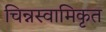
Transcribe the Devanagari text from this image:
चिन्नस्वामिकृत